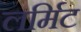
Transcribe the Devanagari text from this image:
लर्मिट